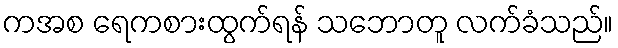
ကအစ ရေကစားထွက်ရန် သဘောတူ လက်ခံသည်။